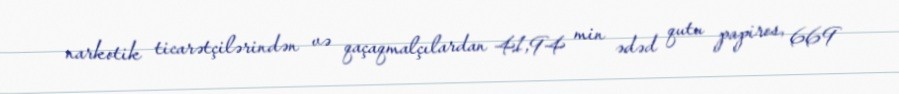
narkotik ticarətçilərindən və qaçaqmalçılardan 41,94 min ədəd qutu papiros, 669